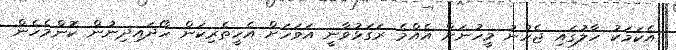
އެކަމަކު ހާލުގައި ޖެހުނު މީހުނަށް އެއްމެ ރަގަޅުވާނީ އަވަހަށް އެހީިތެރިކަން ހޯދައިދިނުން ކޮންމެެހެން